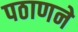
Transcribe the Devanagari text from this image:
पठाणने